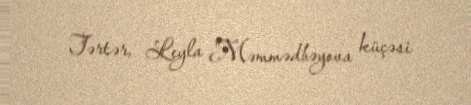
Tərtər, Leyla Məmmədbəyova küçəsi